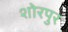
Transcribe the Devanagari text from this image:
शोरपुर